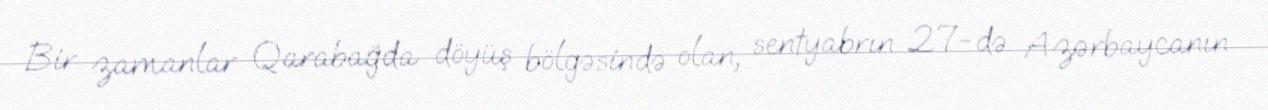
Bir zamanlar Qarabağda döyüş bölgəsində olan, sentyabrın 27-də Azərbaycanın